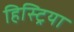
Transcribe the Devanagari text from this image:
हिस्ट्रिया